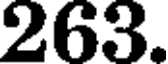
263.